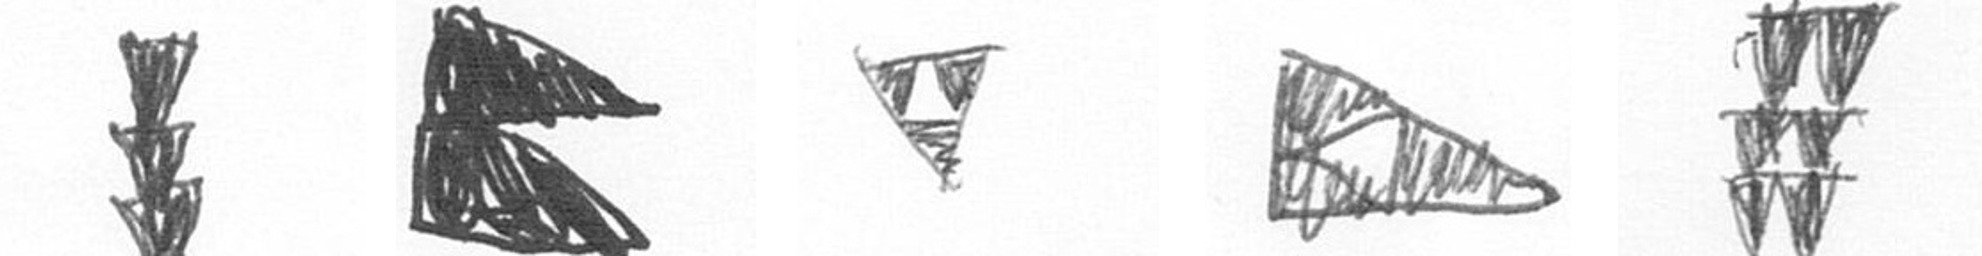
E P S K Y